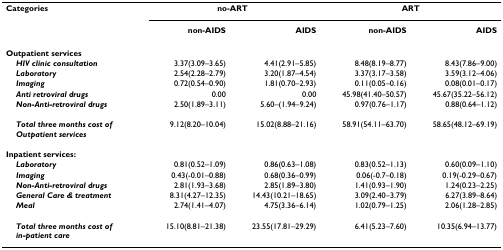
<table><thead><tr><td><b>Categories</b></td><td colspan="2"><b>no-ART</b></td><td colspan="2"><b>ART</b></td></tr><tr><td></td><td><b>non-AIDS</b></td><td><b>AIDS</b></td><td><b>non-AIDS</b></td><td><b>AIDS</b></td></tr></thead><tbody><tr><td><b>Outpatient services</b></td><td></td><td></td><td></td><td></td></tr><tr><td> <b><i>HIV clinic consultation</i></b></td><td>3.37(3.09–3.65)</td><td>4.41(2.91–5.85)</td><td>8.48(8.19–8.77)</td><td>8.43(7.86–9.00)</td></tr><tr><td> <b><i>Laboratory</i></b></td><td>2.54(2.28–2.79)</td><td>3.20(1.87–4.54)</td><td>3.37(3.17–3.58)</td><td>3.59(3.12–4.06)</td></tr><tr><td> <b><i>Imaging</i></b></td><td>0.72(0.54–0.90)</td><td>1.81(0.70–2.93)</td><td>0.11(0.05–0.16)</td><td>0.08(0.01–0.17)</td></tr><tr><td> <b><i>Anti retroviral drugs</i></b></td><td>0.00</td><td>0.00</td><td>45.98(41.40–50.57)</td><td>45.67(35.22–56.12)</td></tr><tr><td> <b><i>Non-Anti-retroviral drugs</i></b></td><td>2.50(1.89–3.11)</td><td>5.60–(1.94–9.24)</td><td>0.97(0.76–1.17)</td><td>0.88(0.64–1.12)</td></tr><tr><td> <b><i>Total three months cost of</i></b><b><i>Outpatient services</i></b></td><td>9.12(8.20–10.04)</td><td>15.02(8.88–21.16)</td><td>58.91(54.11–63.70)</td><td>58.65(48.12–69.19)</td></tr><tr><td><b>Inpatient services:</b></td><td></td><td></td><td></td><td></td></tr><tr><td> <b><i>Laboratory</i></b></td><td>0.81(0.52–1.09)</td><td>0.86(0.63–1.08)</td><td>0.83(0.52–1.13)</td><td>0.60(0.09–1.10)</td></tr><tr><td> <b><i>Imaging</i></b></td><td>0.43(-0.01–0.88)</td><td>0.68(0.36–0.99)</td><td>0.06(-0.7–0.18)</td><td>0.19(-0.29–0.67)</td></tr><tr><td> <b><i>Non-Anti-retroviral drugs</i></b></td><td>2.81(1.93–3.68)</td><td>2.85(1.89–3.80)</td><td>1.41(0.93–1.90)</td><td>1.24(0.23–2.25)</td></tr><tr><td> <b><i>General Care &amp; treatment</i></b></td><td>8.31(4.27–12.35)</td><td>14.43(10.21–18.65)</td><td>3.09(2.40–3.79)</td><td>6.27(3.89–8.64)</td></tr><tr><td> <b><i>Meal</i></b></td><td>2.74(1.41–4.07)</td><td>4.75(3.36–6.14)</td><td>1.02(0.79–1.25)</td><td>2.06(1.28–2.85)</td></tr><tr><td> <b><i>Total three months cost of</i></b><b><i>in-patient care</i></b></td><td>15.10(8.81–21.38)</td><td>23.55(17.81–29.29)</td><td>6.41(5.23–7.60)</td><td>10.35(6.94–13.77)</td></tr></tbody></table>